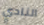
النادي